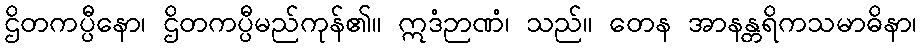
ဌိတကပ္ပီနော၊ ဌိတကပ္ပီမည်ကုန်၏။ ဣဒံဉာဏံ၊ သည်။ တေန အာနန္တရိကသမာဓိနာ၊